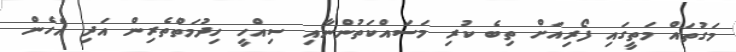
މަގުތައް މަތީގައި ފޯރިއަށް ތިބެ ކުރި މަސައްކަތުންނާއި ސިއްހީ ހިދުމަތްތެރިން އަދި އެހެން